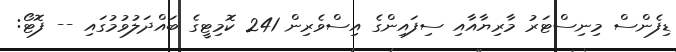
ޑިފެންސް މިނިސްޓަރު މާރިޔާއާއި ސިފައިންގެ އިސްވެރިން 241 ކޮމިޓީގެ ބައްދަލުވުމުގައި -- ފޮޓޯ: